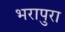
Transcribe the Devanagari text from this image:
भरापुरा